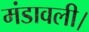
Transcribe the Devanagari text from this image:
मंडावली।